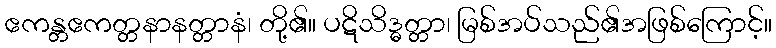
ဧကန္တဧကတ္တနာနတ္တာနံ၊ တို့၏။ ပဋိသိဒ္ဓတ္တာ၊ မြစ်အပ်သည်၏အဖြစ်ကြောင့်။